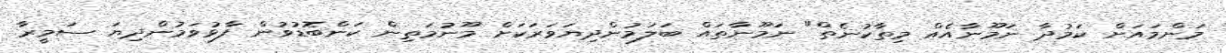
މަންމައަށް ކަމުދާ ނަމޫނާއެއް މިތާކުނެތް" ނަމޫނާތައް ބަލަމުންދިޔަވަރަކަށް މޫނުމަތިން ކަންބޮޑުވުން ފާޅުވަމުންދިޔަ ސަމީރާ